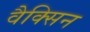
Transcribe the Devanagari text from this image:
वैक्सिन